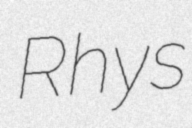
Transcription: Rhys